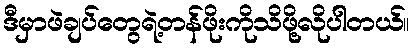
ဒီမှာဖဲချပ်တွေရဲ့တန်ဖိုးကိုသိဖို့လိုပါတယ်။